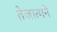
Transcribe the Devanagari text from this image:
तेजात्मने